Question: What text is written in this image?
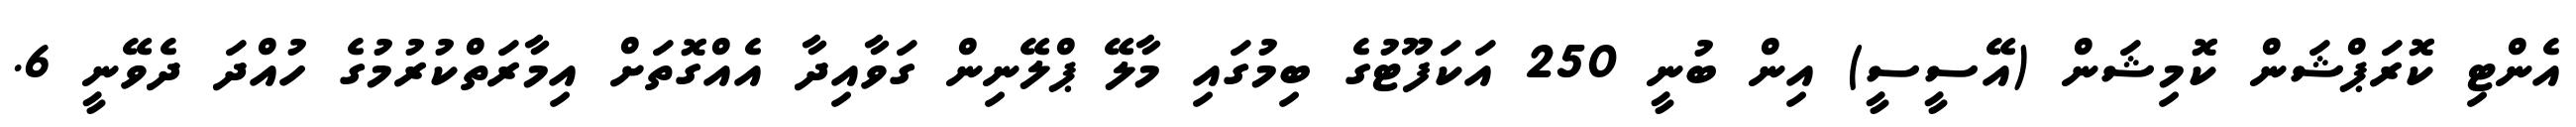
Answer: އެންޓި ކޮރަޕްޝަން ކޮމިޝަން (އޭސީސީ) އިން ބުނީ 250 އަކަފޫޓުގެ ބިމުގައި މާލޭ ޕްލޭނިން ގަވާއިދާ އެއްގޮތަށް އިމާރަތްކުރުމުގެ ހުއްދަ ދެވޭނީ 6.